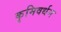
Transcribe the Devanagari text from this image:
कृमिवर्धन